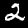
Label: 2